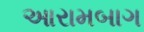
આરામબાગ